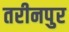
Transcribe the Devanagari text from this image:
तरीनपुर